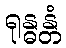
ရုန္ဓန္တံ